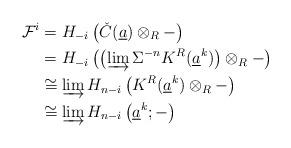
LaTeX: \begin{align*} \mathcal{F}^{i} & = H_{-i}\left(\check{C}(\underline{a})\otimes_{R}-\right) \\ & = H_{-i}\left(\left(\varinjlim \Sigma^{-n}K^{R}(\underline{a}^{k})\right)\otimes_{R}-\right) \\ & \cong \varinjlim H_{n-i}\left(K^{R}(\underline{a}^{k})\otimes_{R}-\right) \\ & \cong \varinjlim H_{n-i}\left(\underline{a}^{k};-\right)\\\end{align*}